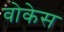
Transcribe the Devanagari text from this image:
वोकेस